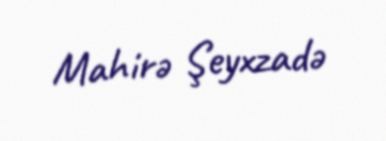
Mahirə Şeyxzadə